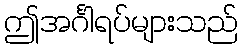
ဤအင်္ဂါရပ်များသည်